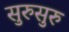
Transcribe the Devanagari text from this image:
सुरुसुरु